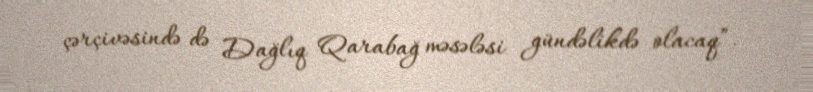
çərçivəsində də Dağlıq Qarabağ məsələsi gündəlikdə olacaq”.